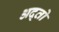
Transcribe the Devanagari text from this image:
अद्तो